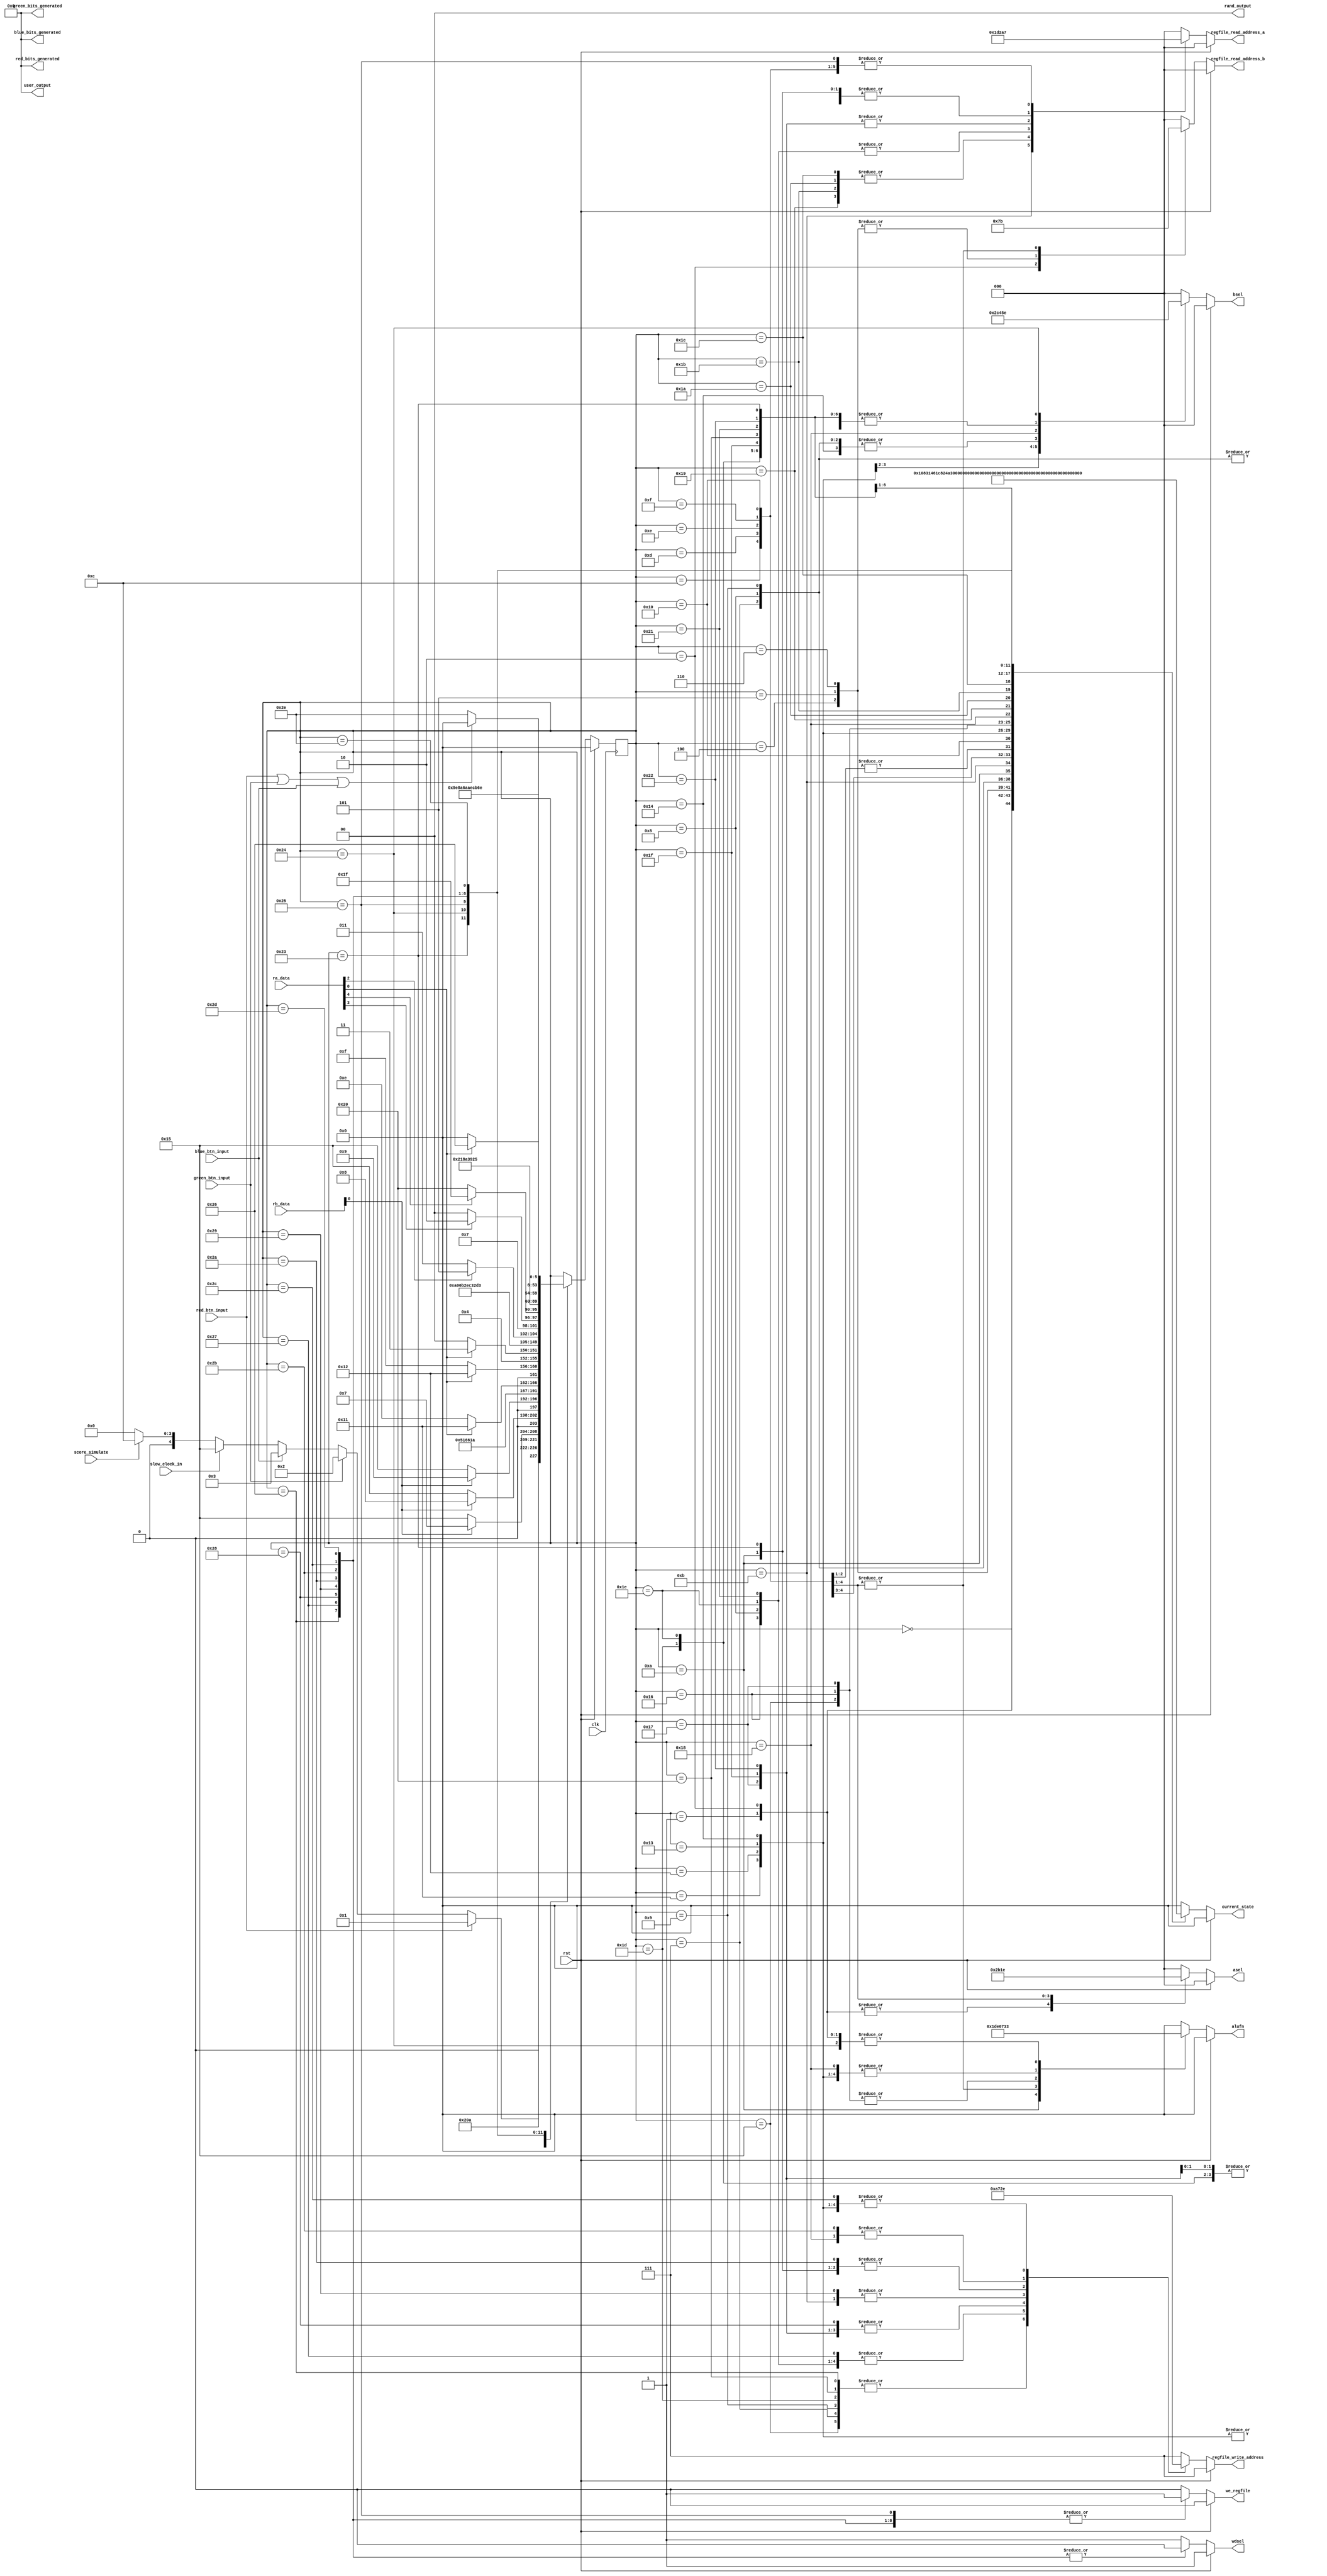
/*
   This file was generated automatically by Alchitry Labs version 1.2.1.
   Do not edit this file directly. Instead edit the original Lucid source.
   This is a temporary file and any changes made to it will be destroyed.
*/

module control_unit_7 (
    input clk,
    input rst,
    input red_btn_input,
    input green_btn_input,
    input blue_btn_input,
    input [9:0] rb_data,
    input [9:0] ra_data,
    input slow_clock_in,
    input score_simulate,
    output reg [9:0] red_bits_generated,
    output reg [9:0] green_bits_generated,
    output reg [9:0] blue_bits_generated,
    output reg [1:0] rand_output,
    output reg [9:0] user_output,
    output reg [5:0] current_state,
    output reg [5:0] alufn,
    output reg [2:0] asel,
    output reg [2:0] bsel,
    output reg [2:0] regfile_write_address,
    output reg [2:0] regfile_read_address_a,
    output reg [2:0] regfile_read_address_b,
    output reg we_regfile,
    output reg wdsel
  );
  
  
  
  localparam IDLE_game_fsm = 6'd0;
  localparam CHECK_RED_game_fsm = 6'd1;
  localparam CHECK_GREEN_game_fsm = 6'd2;
  localparam CHECK_BLUE_game_fsm = 6'd3;
  localparam BRANCH_RED_game_fsm = 6'd4;
  localparam BRANCH_GREEN_game_fsm = 6'd5;
  localparam BRANCH_BLUE_game_fsm = 6'd6;
  localparam REMOVE_R0_DATA_game_fsm = 6'd7;
  localparam REMOVE_R1_DATA_game_fsm = 6'd8;
  localparam REMOVE_R2_DATA_game_fsm = 6'd9;
  localparam SUB_POINTER_game_fsm = 6'd10;
  localparam ADD_SCORE_game_fsm = 6'd11;
  localparam BRANCH_CHECK_SCORE_60_game_fsm = 6'd12;
  localparam BRANCH_CHECK_SCORE_30_game_fsm = 6'd13;
  localparam BRANCH_CHECK_SCORE_10_game_fsm = 6'd14;
  localparam BRANCH_CHECK_SCORE_0_game_fsm = 6'd15;
  localparam BRANCH_DIFF_1_game_fsm = 6'd16;
  localparam SET_DIFF_3_game_fsm = 6'd17;
  localparam SET_DIFF_2_game_fsm = 6'd18;
  localparam SET_DIFF_1_game_fsm = 6'd19;
  localparam SET_DIFF_0_game_fsm = 6'd20;
  localparam SHIFT_R0_ONE_game_fsm = 6'd21;
  localparam SHIFT_R1_ONE_game_fsm = 6'd22;
  localparam SHIFT_R2_ONE_game_fsm = 6'd23;
  localparam GENERATE_RAND_game_fsm = 6'd24;
  localparam BRANCH_CHECK_RAND_0_game_fsm = 6'd25;
  localparam BRANCH_CHECK_RAND_1_game_fsm = 6'd26;
  localparam BRANCH_CHECK_RAND_2_game_fsm = 6'd27;
  localparam BRANCH_CHECK_RAND_3_game_fsm = 6'd28;
  localparam ADD_ONE_RED_game_fsm = 6'd29;
  localparam ADD_ONE_GREEN_game_fsm = 6'd30;
  localparam ADD_ONE_BLUE_game_fsm = 6'd31;
  localparam ADD_ONE_ALL_RED_game_fsm = 6'd32;
  localparam ADD_ONE_ALL_GREEN_game_fsm = 6'd33;
  localparam ADD_ONE_ALL_BLUE_game_fsm = 6'd34;
  localparam ADD_POINTER_game_fsm = 6'd35;
  localparam CHECK_POINTER_game_fsm = 6'd36;
  localparam BRANCH_CHECK_POINTER_game_fsm = 6'd37;
  localparam RESET_REGISTERS_R0_game_fsm = 6'd38;
  localparam RESET_REGISTERS_R1_game_fsm = 6'd39;
  localparam RESET_REGISTERS_R2_game_fsm = 6'd40;
  localparam RESET_REGISTERS_R3_game_fsm = 6'd41;
  localparam RESET_REGISTERS_R4_game_fsm = 6'd42;
  localparam RESET_REGISTERS_R5_game_fsm = 6'd43;
  localparam RESET_REGISTERS_R6_game_fsm = 6'd44;
  localparam RESET_REGISTERS_R7_game_fsm = 6'd45;
  localparam GAMEOVER_game_fsm = 6'd46;
  
  reg [5:0] M_game_fsm_d, M_game_fsm_q = IDLE_game_fsm;
  
  always @* begin
    M_game_fsm_d = M_game_fsm_q;
    
    alufn = 1'h0;
    asel = 1'h0;
    bsel = 1'h0;
    we_regfile = 1'h0;
    regfile_write_address = 7'h6f;
    regfile_read_address_a = 1'h0;
    regfile_read_address_b = 1'h0;
    red_bits_generated = 1'h0;
    green_bits_generated = 1'h0;
    blue_bits_generated = 1'h0;
    rand_output = 1'h0;
    user_output = 1'h0;
    wdsel = 1'h1;
    current_state = 1'h0;
    if (rst) begin
      M_game_fsm_d = IDLE_game_fsm;
    end else begin
      
      case (M_game_fsm_q)
        IDLE_game_fsm: begin
          we_regfile = 1'h0;
          current_state = 6'h01;
          if (red_btn_input) begin
            M_game_fsm_d = CHECK_RED_game_fsm;
          end else begin
            if (green_btn_input) begin
              M_game_fsm_d = CHECK_GREEN_game_fsm;
            end else begin
              if (blue_btn_input) begin
                M_game_fsm_d = CHECK_BLUE_game_fsm;
              end else begin
                if (slow_clock_in) begin
                  M_game_fsm_d = SHIFT_R0_ONE_game_fsm;
                end else begin
                  if (score_simulate) begin
                    M_game_fsm_d = BRANCH_CHECK_SCORE_60_game_fsm;
                  end else begin
                    M_game_fsm_d = IDLE_game_fsm;
                  end
                end
              end
            end
          end
        end
        CHECK_RED_game_fsm: begin
          we_regfile = 1'h1;
          regfile_read_address_b = 3'h0;
          regfile_write_address = 3'h7;
          asel = 3'h2;
          bsel = 3'h0;
          alufn = 6'h33;
          wdsel = 1'h1;
          current_state = 6'h02;
          M_game_fsm_d = BRANCH_RED_game_fsm;
        end
        CHECK_GREEN_game_fsm: begin
          we_regfile = 1'h1;
          regfile_read_address_b = 3'h1;
          regfile_write_address = 3'h7;
          asel = 3'h2;
          bsel = 3'h0;
          alufn = 6'h33;
          wdsel = 1'h1;
          current_state = 6'h03;
          M_game_fsm_d = BRANCH_GREEN_game_fsm;
        end
        CHECK_GREEN_game_fsm: begin
          we_regfile = 1'h1;
          regfile_read_address_b = 3'h2;
          regfile_write_address = 3'h7;
          asel = 3'h2;
          bsel = 3'h0;
          alufn = 6'h33;
          wdsel = 1'h1;
          current_state = 6'h04;
          M_game_fsm_d = BRANCH_BLUE_game_fsm;
        end
        BRANCH_RED_game_fsm: begin
          we_regfile = 1'h0;
          regfile_read_address_b = 3'h7;
          current_state = 6'h05;
          if (rb_data[0+0-:1] == 1'h1) begin
            M_game_fsm_d = REMOVE_R0_DATA_game_fsm;
          end else begin
            M_game_fsm_d = SHIFT_R0_ONE_game_fsm;
          end
        end
        BRANCH_GREEN_game_fsm: begin
          we_regfile = 1'h0;
          regfile_read_address_b = 3'h7;
          current_state = 6'h06;
          if (rb_data[0+0-:1] == 1'h1) begin
            M_game_fsm_d = REMOVE_R1_DATA_game_fsm;
          end else begin
            M_game_fsm_d = SHIFT_R0_ONE_game_fsm;
          end
        end
        BRANCH_BLUE_game_fsm: begin
          we_regfile = 1'h0;
          regfile_read_address_b = 3'h7;
          current_state = 6'h07;
          if (rb_data[0+0-:1] == 1'h1) begin
            M_game_fsm_d = REMOVE_R2_DATA_game_fsm;
          end else begin
            M_game_fsm_d = SHIFT_R0_ONE_game_fsm;
          end
        end
        REMOVE_R0_DATA_game_fsm: begin
          we_regfile = 1'h1;
          regfile_read_address_a = 3'h0;
          regfile_write_address = 3'h0;
          bsel = 3'h2;
          current_state = 6'h08;
          M_game_fsm_d = SUB_POINTER_game_fsm;
        end
        REMOVE_R1_DATA_game_fsm: begin
          we_regfile = 1'h1;
          regfile_read_address_a = 3'h1;
          regfile_write_address = 3'h1;
          bsel = 3'h2;
          current_state = 6'h09;
          M_game_fsm_d = SUB_POINTER_game_fsm;
        end
        REMOVE_R2_DATA_game_fsm: begin
          we_regfile = 1'h1;
          regfile_read_address_a = 3'h0;
          regfile_write_address = 3'h0;
          bsel = 3'h2;
          current_state = 6'h0a;
          M_game_fsm_d = SUB_POINTER_game_fsm;
        end
        SUB_POINTER_game_fsm: begin
          we_regfile = 1'h1;
          regfile_read_address_a = 3'h4;
          regfile_write_address = 3'h4;
          asel = 3'h0;
          bsel = 3'h3;
          wdsel = 1'h1;
          alufn = 6'h01;
          current_state = 6'h0b;
          M_game_fsm_d = ADD_SCORE_game_fsm;
        end
        ADD_SCORE_game_fsm: begin
          we_regfile = 1'h1;
          regfile_read_address_a = 3'h3;
          regfile_write_address = 3'h3;
          asel = 3'h0;
          bsel = 3'h3;
          wdsel = 1'h1;
          alufn = 6'h00;
          current_state = 6'h0c;
          M_game_fsm_d = BRANCH_CHECK_SCORE_60_game_fsm;
        end
        BRANCH_CHECK_SCORE_60_game_fsm: begin
          we_regfile = 1'h1;
          regfile_read_address_a = 3'h7;
          regfile_read_address_b = 3'h3;
          regfile_write_address = 3'h7;
          asel = 3'h5;
          bsel = 3'h0;
          wdsel = 1'h1;
          alufn = 6'h37;
          current_state = 6'h0d;
          M_game_fsm_d = BRANCH_CHECK_SCORE_30_game_fsm;
        end
        BRANCH_CHECK_SCORE_30_game_fsm: begin
          we_regfile = 1'h1;
          regfile_read_address_a = 3'h7;
          regfile_read_address_b = 3'h3;
          regfile_write_address = 3'h7;
          asel = 3'h4;
          bsel = 3'h0;
          wdsel = 1'h1;
          alufn = 6'h37;
          current_state = 6'h0e;
          if (ra_data[0+0-:1] == 1'h1) begin
            M_game_fsm_d = SET_DIFF_3_game_fsm;
          end else begin
            M_game_fsm_d = BRANCH_CHECK_SCORE_10_game_fsm;
          end
        end
        BRANCH_CHECK_SCORE_10_game_fsm: begin
          we_regfile = 1'h1;
          regfile_read_address_a = 3'h7;
          regfile_read_address_b = 3'h3;
          regfile_write_address = 3'h7;
          asel = 3'h3;
          bsel = 3'h0;
          wdsel = 1'h1;
          alufn = 6'h37;
          current_state = 6'h0f;
          if (ra_data[0+0-:1] == 1'h1) begin
            M_game_fsm_d = SET_DIFF_2_game_fsm;
          end else begin
            M_game_fsm_d = BRANCH_CHECK_SCORE_0_game_fsm;
          end
        end
        BRANCH_CHECK_SCORE_0_game_fsm: begin
          we_regfile = 1'h1;
          regfile_read_address_a = 3'h7;
          regfile_read_address_b = 3'h3;
          regfile_write_address = 3'h7;
          asel = 3'h6;
          bsel = 3'h0;
          wdsel = 1'h1;
          alufn = 6'h37;
          current_state = 6'h0f;
          if (ra_data[0+0-:1] == 1'h1) begin
            M_game_fsm_d = SET_DIFF_1_game_fsm;
          end else begin
            M_game_fsm_d = BRANCH_DIFF_1_game_fsm;
          end
        end
        BRANCH_DIFF_1_game_fsm: begin
          we_regfile = 1'h0;
          regfile_read_address_a = 3'h7;
          current_state = 6'h10;
          M_game_fsm_d = SET_DIFF_0_game_fsm;
        end
        SET_DIFF_3_game_fsm: begin
          we_regfile = 1'h1;
          regfile_write_address = 3'h6;
          bsel = 3'h5;
          wdsel = 1'h1;
          alufn = 6'h1c;
          current_state = 6'h11;
          M_game_fsm_d = IDLE_game_fsm;
        end
        SET_DIFF_2_game_fsm: begin
          we_regfile = 1'h1;
          regfile_write_address = 3'h6;
          bsel = 3'h4;
          wdsel = 1'h1;
          alufn = 6'h1c;
          current_state = 6'h12;
          M_game_fsm_d = IDLE_game_fsm;
        end
        SET_DIFF_1_game_fsm: begin
          we_regfile = 1'h1;
          regfile_write_address = 3'h6;
          bsel = 3'h3;
          wdsel = 1'h1;
          alufn = 6'h1c;
          current_state = 6'h13;
          M_game_fsm_d = IDLE_game_fsm;
        end
        SET_DIFF_0_game_fsm: begin
          we_regfile = 1'h1;
          regfile_write_address = 3'h6;
          bsel = 3'h2;
          wdsel = 1'h1;
          alufn = 6'h1c;
          current_state = 6'h14;
          M_game_fsm_d = IDLE_game_fsm;
        end
        SHIFT_R0_ONE_game_fsm: begin
          we_regfile = 1'h1;
          regfile_read_address_a = 3'h0;
          regfile_write_address = 3'h0;
          asel = 3'h0;
          bsel = 3'h3;
          wdsel = 1'h1;
          alufn = 6'h20;
          current_state = 6'h15;
          M_game_fsm_d = SHIFT_R1_ONE_game_fsm;
        end
        SHIFT_R1_ONE_game_fsm: begin
          we_regfile = 1'h1;
          regfile_read_address_a = 3'h1;
          regfile_write_address = 3'h1;
          asel = 3'h0;
          bsel = 3'h3;
          wdsel = 1'h1;
          alufn = 6'h20;
          current_state = 6'h16;
          M_game_fsm_d = SHIFT_R2_ONE_game_fsm;
        end
        SHIFT_R2_ONE_game_fsm: begin
          we_regfile = 1'h1;
          regfile_read_address_a = 3'h2;
          regfile_write_address = 3'h2;
          asel = 3'h0;
          bsel = 3'h3;
          wdsel = 1'h1;
          alufn = 6'h20;
          current_state = 6'h17;
          M_game_fsm_d = GENERATE_RAND_game_fsm;
        end
        GENERATE_RAND_game_fsm: begin
          we_regfile = 1'h1;
          regfile_write_address = 3'h5;
          bsel = 3'h1;
          wdsel = 1'h1;
          alufn = 6'h1c;
          current_state = 6'h18;
          M_game_fsm_d = BRANCH_CHECK_RAND_0_game_fsm;
        end
        BRANCH_CHECK_RAND_0_game_fsm: begin
          we_regfile = 1'h0;
          regfile_read_address_a = 3'h5;
          asel = 3'h0;
          current_state = 6'h19;
          M_game_fsm_d = BRANCH_CHECK_RAND_1_game_fsm;
        end
        BRANCH_CHECK_RAND_1_game_fsm: begin
          we_regfile = 1'h0;
          regfile_read_address_a = 3'h5;
          asel = 3'h0;
          current_state = 6'h1a;
          if (ra_data[2+0-:1] == 1'h1) begin
            M_game_fsm_d = ADD_ONE_RED_game_fsm;
          end else begin
            M_game_fsm_d = BRANCH_CHECK_RAND_2_game_fsm;
          end
        end
        BRANCH_CHECK_RAND_2_game_fsm: begin
          we_regfile = 1'h0;
          regfile_read_address_a = 3'h5;
          asel = 3'h0;
          current_state = 6'h1b;
          if (ra_data[3+0-:1] == 1'h1) begin
            M_game_fsm_d = ADD_ONE_GREEN_game_fsm;
          end else begin
            M_game_fsm_d = BRANCH_CHECK_RAND_3_game_fsm;
          end
        end
        BRANCH_CHECK_RAND_3_game_fsm: begin
          we_regfile = 1'h0;
          regfile_read_address_a = 3'h5;
          current_state = 6'h1c;
          if (ra_data[4+0-:1] == 1'h1) begin
            M_game_fsm_d = ADD_ONE_BLUE_game_fsm;
          end else begin
            M_game_fsm_d = ADD_ONE_ALL_RED_game_fsm;
          end
        end
        ADD_ONE_RED_game_fsm: begin
          we_regfile = 1'h1;
          regfile_read_address_a = 3'h0;
          regfile_write_address = 3'h0;
          asel = 3'h0;
          bsel = 3'h3;
          wdsel = 1'h1;
          alufn = 6'h00;
          current_state = 6'h1d;
          M_game_fsm_d = ADD_POINTER_game_fsm;
        end
        ADD_ONE_GREEN_game_fsm: begin
          we_regfile = 1'h1;
          regfile_read_address_a = 3'h1;
          regfile_write_address = 3'h1;
          asel = 3'h0;
          bsel = 3'h3;
          wdsel = 1'h1;
          alufn = 6'h00;
          current_state = 6'h1e;
          M_game_fsm_d = ADD_POINTER_game_fsm;
        end
        ADD_ONE_BLUE_game_fsm: begin
          we_regfile = 1'h1;
          regfile_read_address_a = 3'h2;
          regfile_write_address = 3'h2;
          asel = 3'h0;
          bsel = 3'h3;
          wdsel = 1'h1;
          alufn = 6'h00;
          current_state = 6'h1f;
          M_game_fsm_d = ADD_POINTER_game_fsm;
        end
        ADD_ONE_ALL_RED_game_fsm: begin
          we_regfile = 1'h1;
          regfile_read_address_a = 3'h0;
          regfile_write_address = 3'h0;
          asel = 3'h0;
          bsel = 3'h3;
          wdsel = 1'h1;
          alufn = 6'h00;
          current_state = 6'h20;
          M_game_fsm_d = ADD_ONE_ALL_GREEN_game_fsm;
        end
        ADD_ONE_ALL_GREEN_game_fsm: begin
          we_regfile = 1'h1;
          regfile_read_address_a = 3'h1;
          regfile_write_address = 3'h1;
          asel = 3'h0;
          bsel = 3'h3;
          wdsel = 1'h1;
          alufn = 6'h00;
          current_state = 6'h21;
          M_game_fsm_d = ADD_ONE_ALL_BLUE_game_fsm;
        end
        ADD_ONE_ALL_BLUE_game_fsm: begin
          we_regfile = 1'h1;
          regfile_read_address_a = 3'h2;
          regfile_write_address = 3'h2;
          asel = 3'h0;
          bsel = 3'h3;
          wdsel = 1'h1;
          alufn = 6'h00;
          current_state = 6'h22;
          M_game_fsm_d = ADD_POINTER_game_fsm;
        end
        ADD_POINTER_game_fsm: begin
          we_regfile = 1'h1;
          regfile_read_address_a = 3'h4;
          regfile_write_address = 3'h4;
          asel = 3'h0;
          bsel = 3'h3;
          wdsel = 1'h1;
          alufn = 6'h00;
          current_state = 6'h23;
          M_game_fsm_d = CHECK_POINTER_game_fsm;
        end
        CHECK_POINTER_game_fsm: begin
          we_regfile = 1'h1;
          regfile_read_address_a = 3'h4;
          regfile_write_address = 3'h7;
          asel = 3'h0;
          bsel = 3'h6;
          wdsel = 1'h1;
          alufn = 6'h33;
          current_state = 6'h24;
          M_game_fsm_d = BRANCH_CHECK_POINTER_game_fsm;
        end
        BRANCH_CHECK_POINTER_game_fsm: begin
          we_regfile = 1'h1;
          regfile_read_address_a = 3'h7;
          current_state = 6'h25;
          if (ra_data[0+0-:1] == 1'h1) begin
            M_game_fsm_d = RESET_REGISTERS_R0_game_fsm;
          end else begin
            M_game_fsm_d = IDLE_game_fsm;
          end
        end
        RESET_REGISTERS_R0_game_fsm: begin
          we_regfile = 1'h1;
          regfile_write_address = 3'h0;
          wdsel = 1'h0;
          current_state = 6'h26;
          M_game_fsm_d = RESET_REGISTERS_R1_game_fsm;
        end
        RESET_REGISTERS_R1_game_fsm: begin
          we_regfile = 1'h1;
          regfile_write_address = 3'h1;
          wdsel = 1'h0;
          current_state = 6'h27;
          M_game_fsm_d = RESET_REGISTERS_R2_game_fsm;
        end
        RESET_REGISTERS_R2_game_fsm: begin
          we_regfile = 1'h1;
          regfile_write_address = 3'h2;
          wdsel = 1'h0;
          current_state = 6'h28;
          M_game_fsm_d = RESET_REGISTERS_R3_game_fsm;
        end
        RESET_REGISTERS_R3_game_fsm: begin
          we_regfile = 1'h1;
          regfile_write_address = 3'h3;
          wdsel = 1'h0;
          current_state = 6'h29;
          M_game_fsm_d = RESET_REGISTERS_R4_game_fsm;
        end
        RESET_REGISTERS_R4_game_fsm: begin
          we_regfile = 1'h1;
          regfile_write_address = 3'h4;
          wdsel = 1'h0;
          current_state = 6'h2a;
          M_game_fsm_d = RESET_REGISTERS_R5_game_fsm;
        end
        RESET_REGISTERS_R5_game_fsm: begin
          we_regfile = 1'h1;
          regfile_write_address = 3'h5;
          wdsel = 1'h0;
          current_state = 6'h2b;
          M_game_fsm_d = RESET_REGISTERS_R6_game_fsm;
        end
        RESET_REGISTERS_R6_game_fsm: begin
          we_regfile = 1'h1;
          regfile_write_address = 3'h6;
          wdsel = 1'h0;
          current_state = 6'h2e;
          M_game_fsm_d = RESET_REGISTERS_R7_game_fsm;
        end
        RESET_REGISTERS_R7_game_fsm: begin
          we_regfile = 1'h1;
          regfile_write_address = 3'h7;
          wdsel = 1'h0;
          current_state = 6'h2f;
          M_game_fsm_d = GAMEOVER_game_fsm;
        end
        GAMEOVER_game_fsm: begin
          we_regfile = 1'h0;
          current_state = 6'h30;
          if (red_btn_input || green_btn_input || blue_btn_input) begin
            M_game_fsm_d = IDLE_game_fsm;
          end else begin
            M_game_fsm_d = GAMEOVER_game_fsm;
          end
        end
      endcase
    end
  end
  
  always @(posedge clk) begin
    M_game_fsm_q <= M_game_fsm_d;
  end
  
endmodule